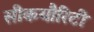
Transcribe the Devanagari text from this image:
सीकयौरिटी